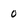
Character: 0